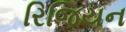
રિજિયન